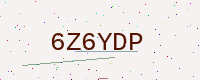
Text: 6Z6YDP